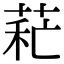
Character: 𦱐